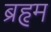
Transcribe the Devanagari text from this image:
ब्रहृम